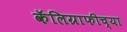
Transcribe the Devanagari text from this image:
कॅलिग्राफीच्या